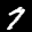
Label: 7